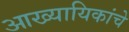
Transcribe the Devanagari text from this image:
आख्यायिकांचे